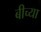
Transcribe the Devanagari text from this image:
बीच्या